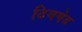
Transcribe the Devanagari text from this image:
टिमगेड